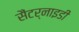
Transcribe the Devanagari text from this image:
सैंटर्नाइडी